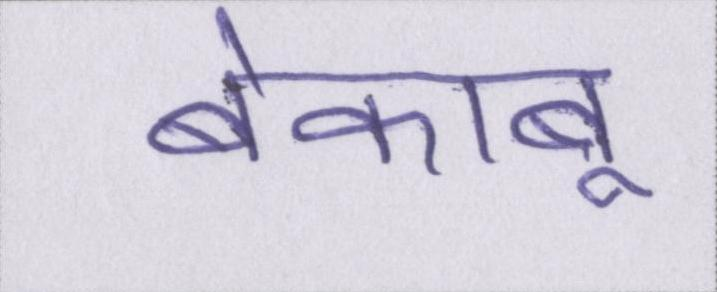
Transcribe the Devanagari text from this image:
बेकाबू